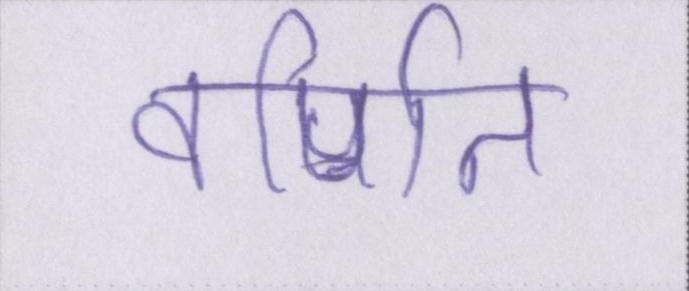
वर्णित